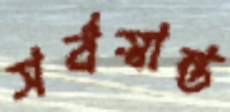
সর্বস্বান্ত